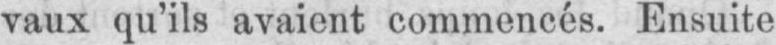
vaux qu’ils avaient commencés. Ensuite